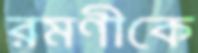
রমণীকে